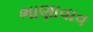
ભાણાવાવ